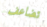
تضاعف